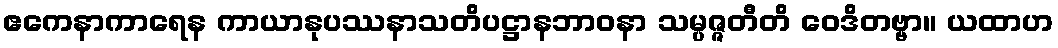
ဧကေနာကာရေန ကာယာနုပဿနာသတိပဋ္ဌာနဘာဝနာ သမ္ပဇ္ဇတီတိ ဝေဒိတဗ္ဗာ။ ယထာဟ